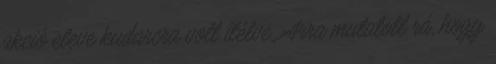
akció eleve kudarcra volt ítélve. Arra mutatott rá, hogy